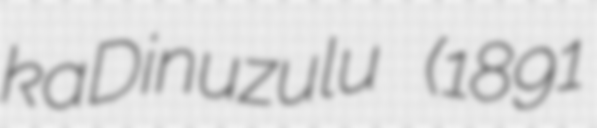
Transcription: kaDinuzulu (1891